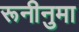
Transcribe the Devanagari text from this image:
रूनीनुमा